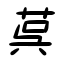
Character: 茣